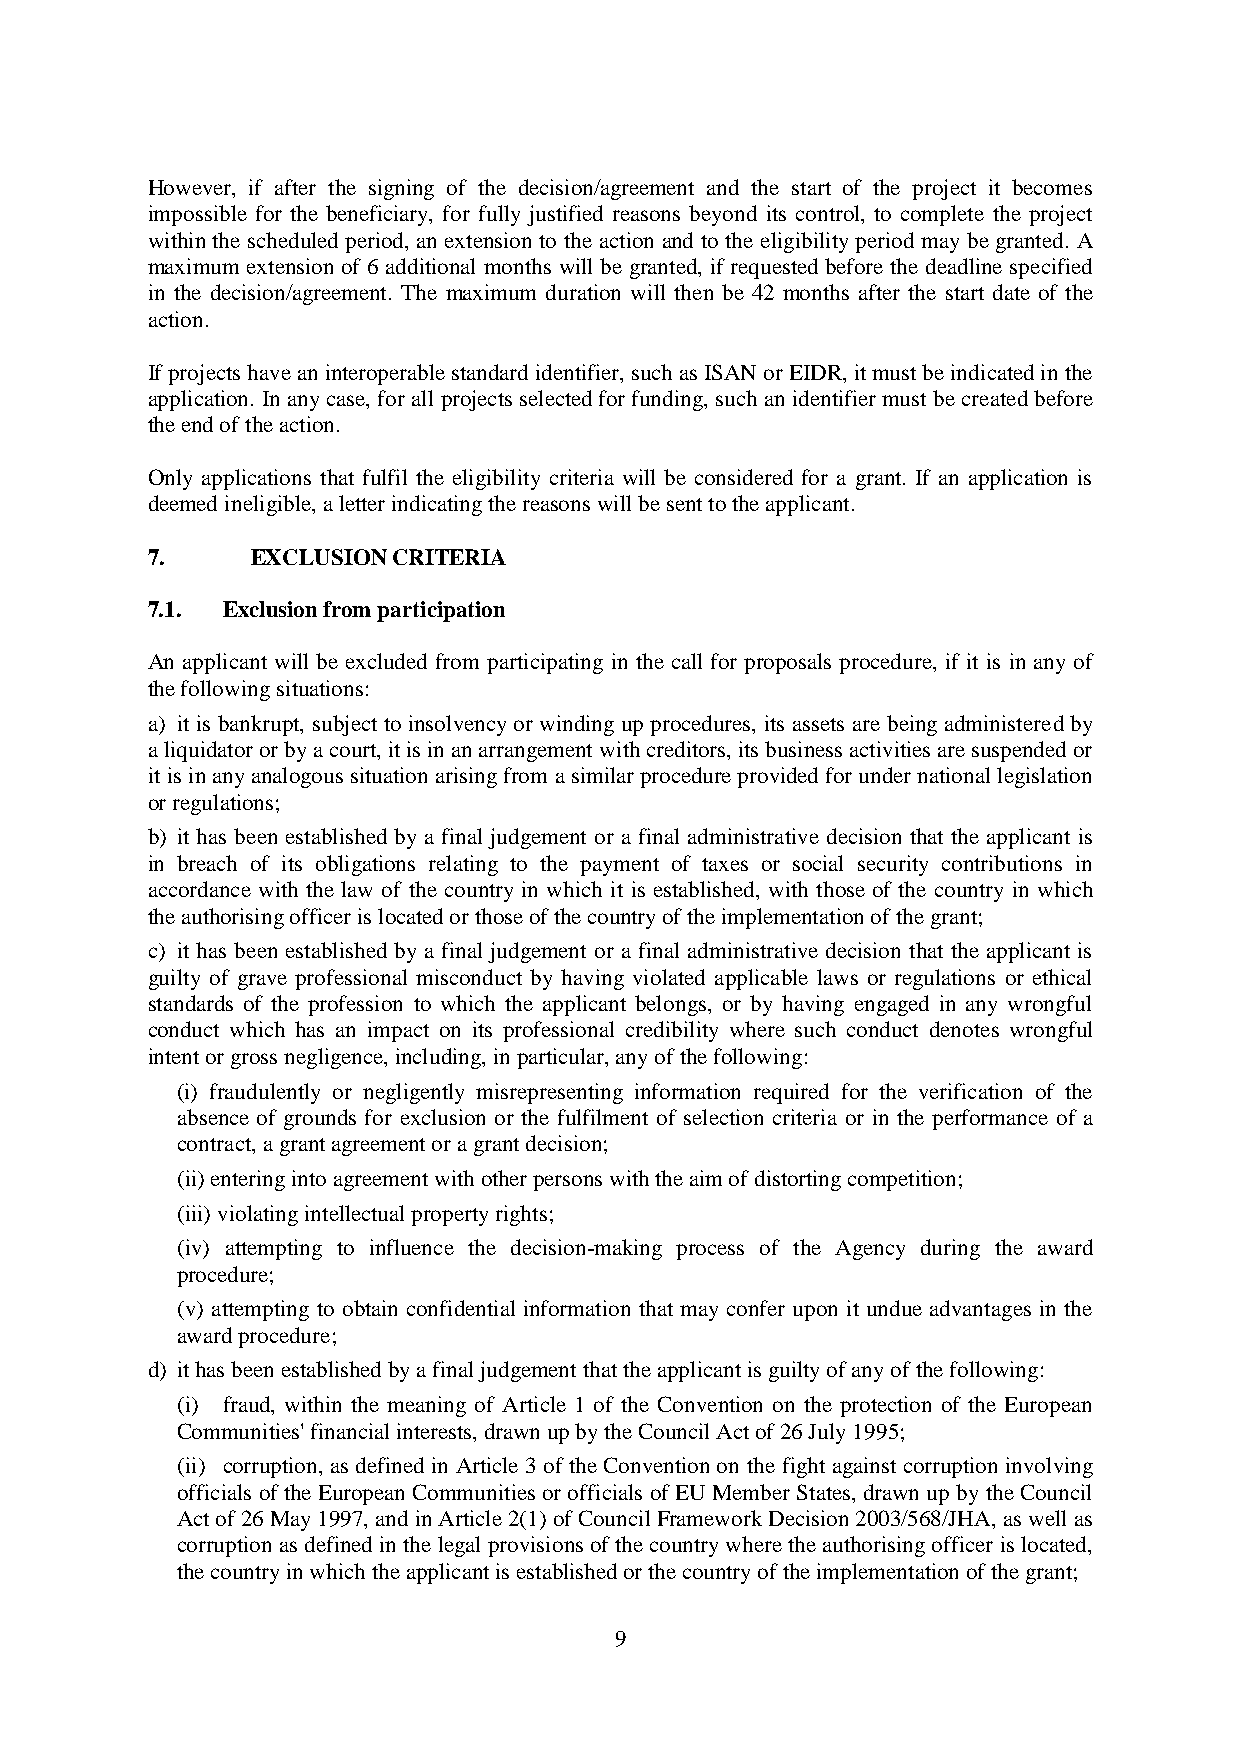
However, if after the signing of the decision/agreement and the start of the project it becomes
 impossible for the beneficiary, for fully justified reasons beyond its control, to complete the project
 within the scheduled period, an extension to the action and to the eligibility period may be granted. A
 maximum extension of 6 additional months will be granted, if requested before the deadline specified
 in the decision/agreement. The maximum duration will then be 42 months after the start date of the
 action.
 If projects have an interoperable standard identifier, such as ISAN or EIDR, it must be indicated in the
 application. In any case, for all projects selected for funding, such an identifier must be created before
 the end of the action.
 Only applications that fulfil the eligibility criteria will be considered for a grant. If an application is
 deemed ineligible, a letter indicating the reasons will be sent to the applicant.
 7.     EXCLUSION CRITERIA
 7.1. Exclusion from participation
 An applicant will be excluded from participating in the call for proposals procedure, if it is in any of
 the following situations:
 a) it is bankrupt, subject to insolvency or winding up procedures, its assets are being administered by
 a liquidator or by a court, it is in an arrangement with creditors, its business activities are suspended or
 it is in any analogous situation arising from a similar procedure provided for under national legislation
 or regulations;
 b) it has been established by a final judgement or a final administrative decision that the applicant is
 in breach of its obligations relating to the payment of taxes or social security contributions in
 accordance with the law of the country in which it is established, with those of the country in which
 the authorising officer is located or those of the country of the implementation of the grant;
 c) it has been established by a final judgement or a final administrative decision that the applicant is
 guilty of grave professional misconduct by having violated applicable laws or regulations or ethical
 standards of the profession to which the applicant belongs, or by having engaged in any wrongful
 conduct which has an impact on its professional credibility where such conduct denotes wrongful
 intent or gross negligence, including, in particular, any of the following:
 (i) fraudulently or negligently misrepresenting information required for the verification of the
 absence of grounds for exclusion or the fulfilment of selection criteria or in the performance of a
 contract, a grant agreement or a grant decision;
 (ii) entering into agreement with other persons with the aim of distorting competition;
 (iii) violating intellectual property rights;
 (iv) attempting to influence the decision-making process of the Agency during the award
 procedure;
 (v) attempting to obtain confidential information that may confer upon it undue advantages in the
 award procedure;
 d) it has been established by a final judgement that the applicant is guilty of any of the following:
 (i) fraud, within the meaning of Article 1 of the Convention on the protection of the European
 Communities' financial interests, drawn up by the Council Act of 26 July 1995;
 (ii) corruption, as defined in Article 3 of the Convention on the fight against corruption involving
 officials of the European Communities or officials of EU Member States, drawn up by the Council
 Act of 26 May 1997, and in Article 2(1) of Council Framework Decision 2003/568/JHA, as well as
 corruption as defined in the legal provisions of the country where the authorising officer is located,
 the country in which the applicant is established or the country of the implementation of the grant;
 9